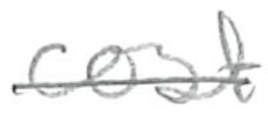
Text: cost
Cross-out: single-line
Writing tool: pencil